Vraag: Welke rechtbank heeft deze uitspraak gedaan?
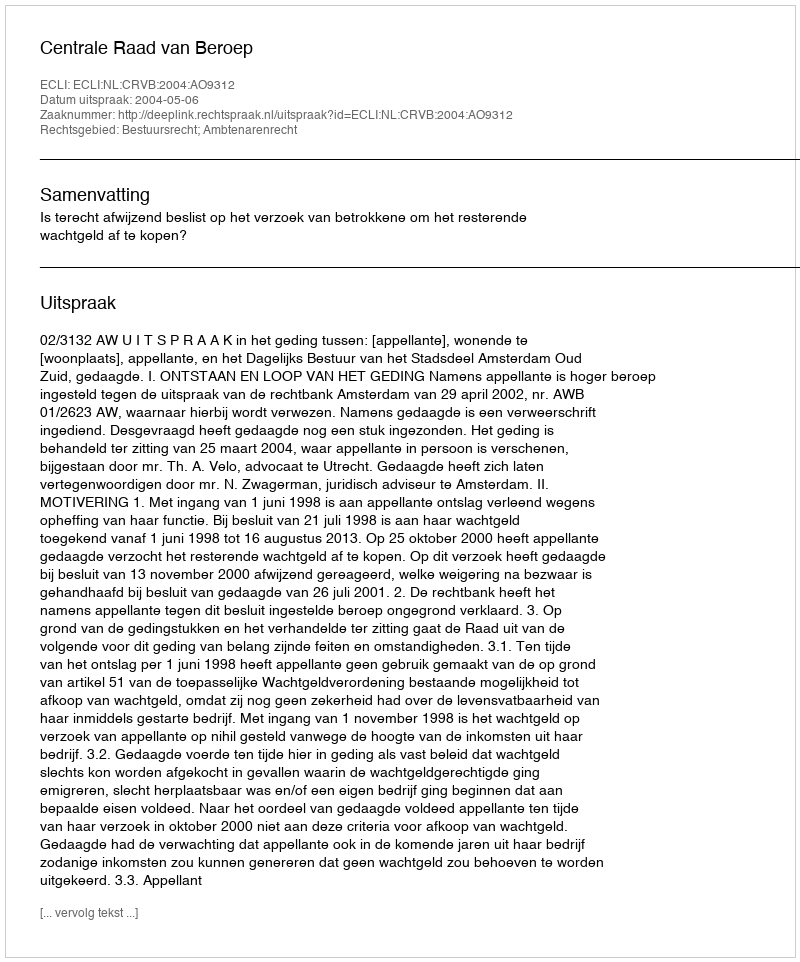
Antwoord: Centrale Raad van Beroep